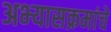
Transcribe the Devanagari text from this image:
अभ्‍यासक्रमांचे